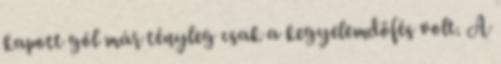
kapott gól már tényleg csak a kegyelemdöfés volt. A